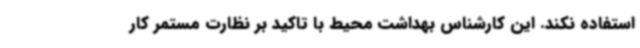
استفاده نکند. این کارشناس بهداشت محیط با تاکید بر نظارت مستمر کار